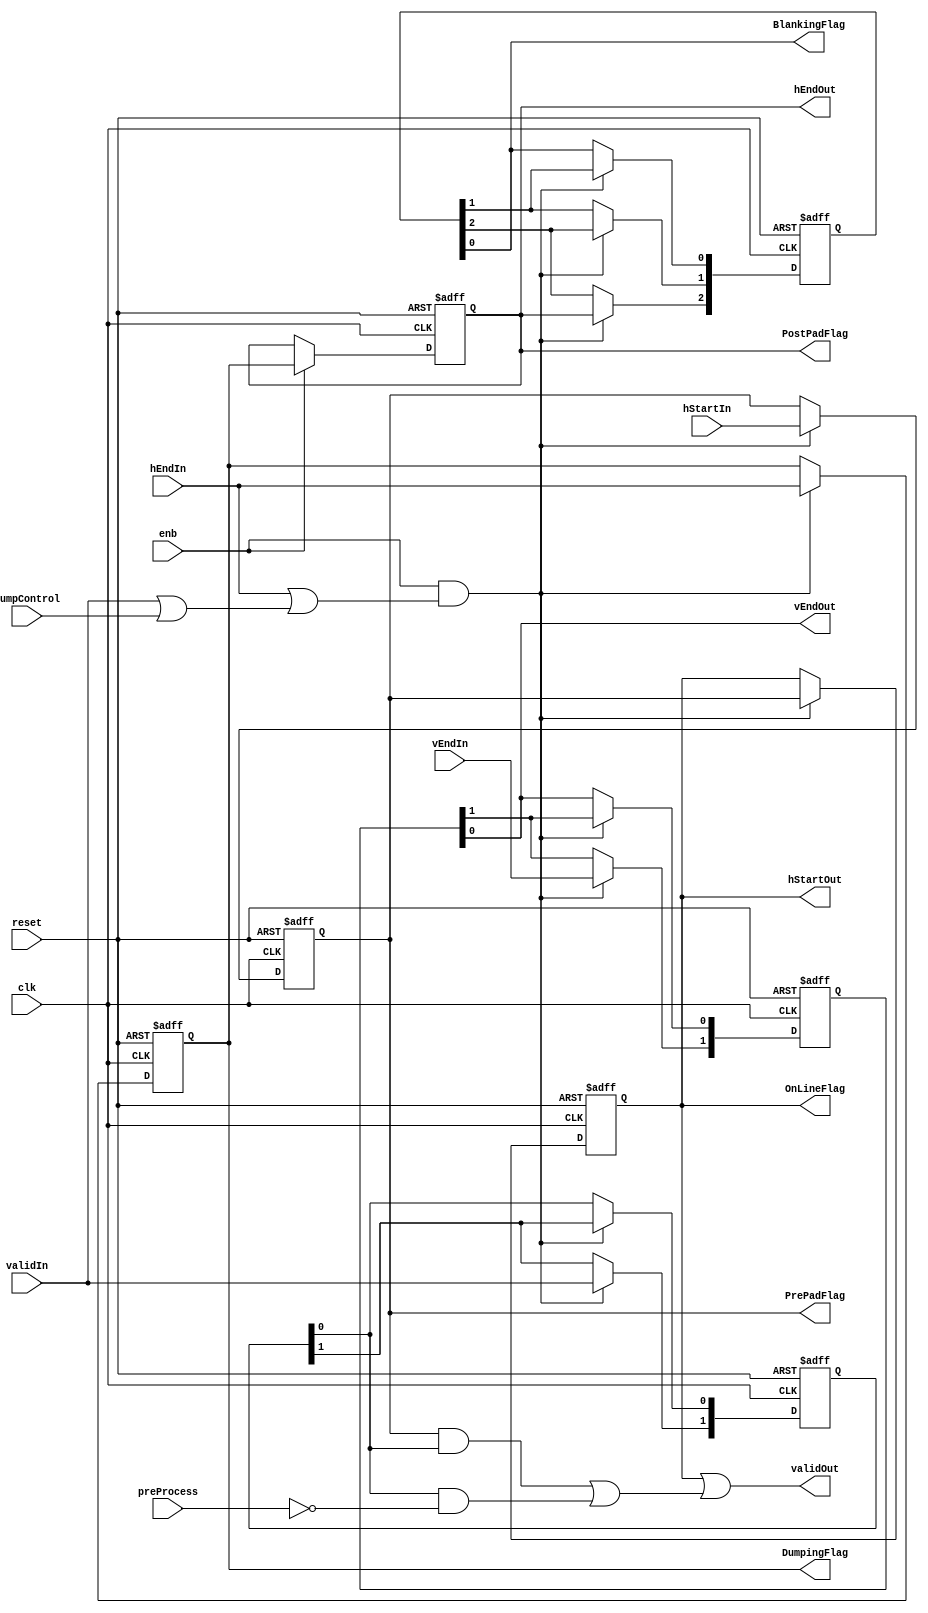
// -------------------------------------------------------------
// 
// 
// Generated by MATLAB 9.13 and HDL Coder 4.0
// 
// -------------------------------------------------------------


// -------------------------------------------------------------
// 
// Module: LineInfoStore_block2
// Source Path: BlobAnalysisHDL/BlobDetector/CCA_Algorithm/Closing/LineBuffer/LineInfoStore
// Hierarchy Level: 4
// 
// -------------------------------------------------------------

`timescale 1 ns / 1 ns

module LineInfoStore_block2
          (clk,
           reset,
           enb,
           hStartIn,
           hEndIn,
           vEndIn,
           validIn,
           dumpControl,
           preProcess,
           PrePadFlag,
           OnLineFlag,
           PostPadFlag,
           DumpingFlag,
           BlankingFlag,
           hStartOut,
           hEndOut,
           vEndOut,
           validOut);


  input   clk;
  input   reset;
  input   enb;
  input   hStartIn;
  input   hEndIn;
  input   vEndIn;
  input   validIn;
  input   dumpControl;
  input   preProcess;
  output  PrePadFlag;
  output  OnLineFlag;
  output  PostPadFlag;
  output  DumpingFlag;
  output  BlankingFlag;
  output  hStartOut;
  output  hEndOut;
  output  vEndOut;
  output  validOut;


  wire validTemp1;
  wire validTemp2;
  reg  hStartFirstTap;
  reg  hStartFinalTap;
  reg  hEndFirstTap;
  reg  hEndSecondTap;
  reg  [0:2] intdelay_reg;  // ufix1 [3]
  wire [0:2] intdelay_reg_next;  // ufix1 [3]
  wire hEndFinalTap;
  reg  [0:1] intdelay_reg_1;  // ufix1 [2]
  wire [0:1] intdelay_reg_next_1;  // ufix1 [2]
  reg  [0:1] intdelay_reg_2;  // ufix1 [2]
  wire [0:1] intdelay_reg_next_2;  // ufix1 [2]
  wire validFirstTap;
  wire validGate1;
  wire notPreProcess;
  wire validGate2;
  wire validGate3;
  wire validGate4;


  assign validTemp1 = validIn | dumpControl;



  assign validTemp2 = hEndIn | validTemp1;



  always @(posedge clk or posedge reset)
    begin : reg_rsvd_process
      if (reset == 1'b1) begin
        hStartFirstTap <= 1'b0;
      end
      else begin
        if (enb && validTemp2) begin
          hStartFirstTap <= hStartIn;
        end
      end
    end



  assign PrePadFlag = hStartFirstTap;

  always @(posedge clk or posedge reset)
    begin : intdelay_process
      if (reset == 1'b1) begin
        hStartFinalTap <= 1'b0;
      end
      else begin
        if (enb && validTemp2) begin
          hStartFinalTap <= hStartFirstTap;
        end
      end
    end



  assign OnLineFlag = hStartFinalTap;

  always @(posedge clk or posedge reset)
    begin : reg_rsvd_1_process
      if (reset == 1'b1) begin
        hEndFirstTap <= 1'b0;
      end
      else begin
        if (enb && validTemp2) begin
          hEndFirstTap <= hEndIn;
        end
      end
    end



  always @(posedge clk or posedge reset)
    begin : reg_rsvd_2_process
      if (reset == 1'b1) begin
        hEndSecondTap <= 1'b0;
      end
      else begin
        if (enb) begin
          hEndSecondTap <= hEndFirstTap;
        end
      end
    end



  assign PostPadFlag = hEndSecondTap;

  assign DumpingFlag = hEndFirstTap;

  always @(posedge clk or posedge reset)
    begin : intdelay_1_process
      if (reset == 1'b1) begin
        intdelay_reg[0] <= 1'b0;
        intdelay_reg[1] <= 1'b0;
        intdelay_reg[2] <= 1'b0;
      end
      else begin
        if (enb && validTemp2) begin
          intdelay_reg[0] <= intdelay_reg_next[0];
          intdelay_reg[1] <= intdelay_reg_next[1];
          intdelay_reg[2] <= intdelay_reg_next[2];
        end
      end
    end

  assign hEndFinalTap = intdelay_reg[2];
  assign intdelay_reg_next[0] = hEndSecondTap;
  assign intdelay_reg_next[1] = intdelay_reg[0];
  assign intdelay_reg_next[2] = intdelay_reg[1];



  assign BlankingFlag = hEndFinalTap;

  assign hStartOut = hStartFinalTap;

  assign hEndOut = hEndSecondTap;

  always @(posedge clk or posedge reset)
    begin : intdelay_2_process
      if (reset == 1'b1) begin
        intdelay_reg_1[0] <= 1'b0;
        intdelay_reg_1[1] <= 1'b0;
      end
      else begin
        if (enb && validTemp2) begin
          intdelay_reg_1[0] <= intdelay_reg_next_1[0];
          intdelay_reg_1[1] <= intdelay_reg_next_1[1];
        end
      end
    end

  assign vEndOut = intdelay_reg_1[1];
  assign intdelay_reg_next_1[0] = vEndIn;
  assign intdelay_reg_next_1[1] = intdelay_reg_1[0];



  always @(posedge clk or posedge reset)
    begin : intdelay_3_process
      if (reset == 1'b1) begin
        intdelay_reg_2[0] <= 1'b0;
        intdelay_reg_2[1] <= 1'b0;
      end
      else begin
        if (enb && validTemp2) begin
          intdelay_reg_2[0] <= intdelay_reg_next_2[0];
          intdelay_reg_2[1] <= intdelay_reg_next_2[1];
        end
      end
    end

  assign validFirstTap = intdelay_reg_2[1];
  assign intdelay_reg_next_2[0] = validIn;
  assign intdelay_reg_next_2[1] = intdelay_reg_2[0];



  assign validGate1 = hStartFirstTap & validFirstTap;



  assign notPreProcess =  ~ preProcess;



  assign validGate2 = validFirstTap & notPreProcess;



  assign validGate3 = validGate1 | validGate2;



  assign validGate4 = hStartFinalTap | validGate3;



  assign validOut = validGate4;

endmodule  // LineInfoStore_block2